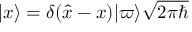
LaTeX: | x \rangle = \delta ( { \hat { x } } - x ) | \varpi \rangle { \sqrt { 2 \pi \hbar } }